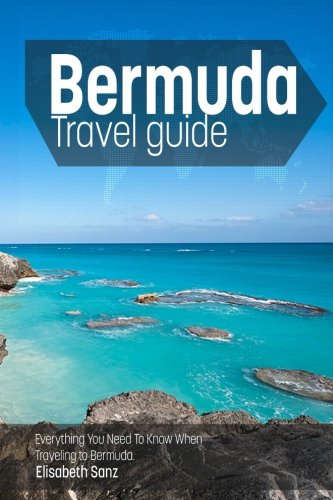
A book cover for Bermuda travel guide : Everything You Need To Know When Traveling to Bermuda.; Elisabeth Sanz; Travel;